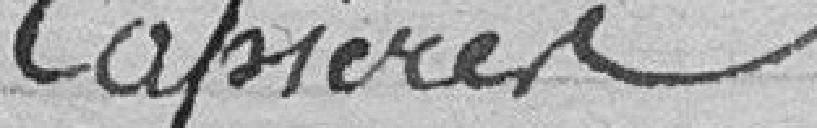
Capières